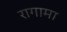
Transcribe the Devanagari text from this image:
रागामा